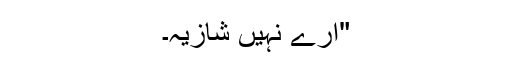
"ارے نہیں شازیہ۔